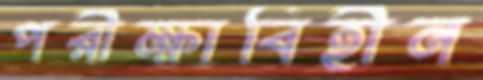
পরীক্ষাবিহীন